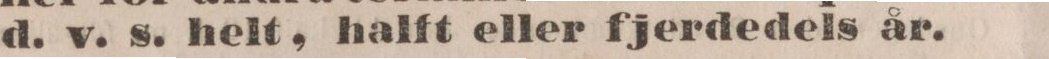
d. v. s. helt, halft eller fjerdedels år.